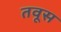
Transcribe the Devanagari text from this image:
तवूस